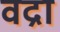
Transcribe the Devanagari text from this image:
वद्रा